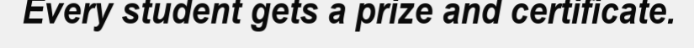
Every student gets a prize and certificate.